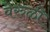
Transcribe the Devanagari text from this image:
वेरुळी